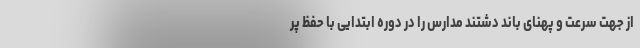
از جهت سرعت و پهنای باند دشتند مدارس را در دوره ابتدایی با حفظ پر